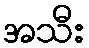
အသီး